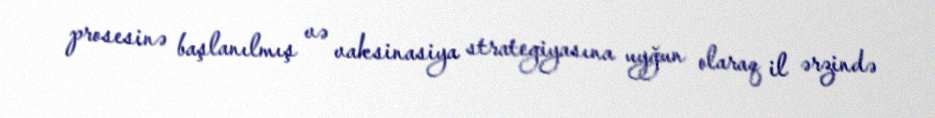
prosesinə başlanılmış və vaksinasiya strategiyasına uyğun olaraq il ərzində